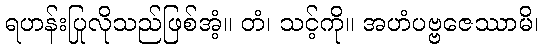
ရဟန်းပြုလိုသည်ဖြစ်အံ့။ တံ၊ သင့်ကို။ အဟံပဗ္ဗဇေဿာမိ၊